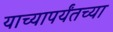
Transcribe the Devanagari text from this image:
याच्यापर्यंतच्या